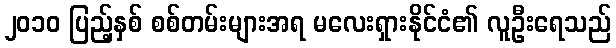
၂၀၁၀ ပြည့်နှစ် စစ်တမ်းများအရ မလေးရှားနိုင်ငံ၏ လူဦးရေသည်